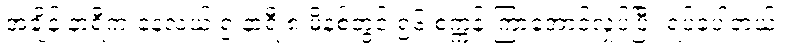
အချိန် နာရီက နေ့လယ် ၅ နာရီ ၈ မိနစ်တွင် ၅၆ စက္ကန့် ကြာအောင်လှုပ်ပြီး ရပ်ခဲ့ပါတယ်။